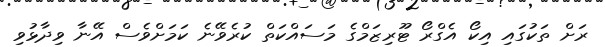
ރަށް ތަކުގައި އިކޯ އެގްރޯ ޓޫރިޒަމްގެ މަސައްކަތް ކުރެވޭނެ ކަމަށްވެސް އޭނާ ވިދާޅުވި